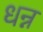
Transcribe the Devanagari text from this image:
धन्न